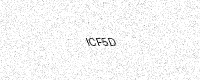
Text: ICF5D